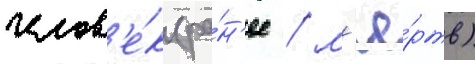
челов'е́к (ра́н'ее / м'ё́ртв)